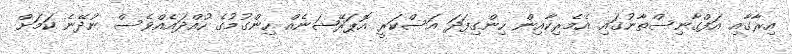
އިރާގާއި އަފްގާނިސްތާނުގައި އެމެރިކާއިން ހިންގިފަދަ އަސްކަރީ އޮޕަރޭޝަނެއް ހިންގުމުގެ ހުއްދައެއްވެސް ނުދޭނެ ކަމަށް